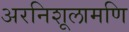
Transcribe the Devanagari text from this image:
अरनिशूलामणि